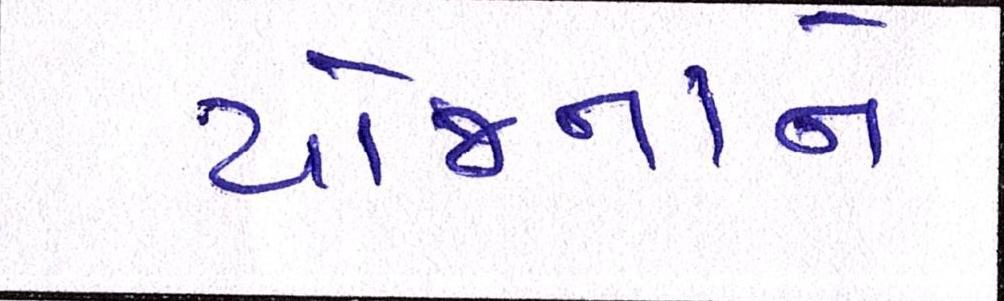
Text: યોજનાને